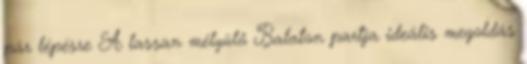
pár lépésre A lassan mélyülő Balaton partja ideális megoldás